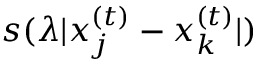
s ( \lambda | x _ { j } ^ { ( t ) } - x _ { k } ^ { ( t ) } | )